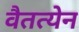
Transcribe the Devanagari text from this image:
वैतत्येन